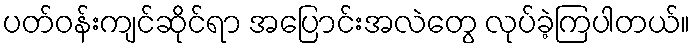
ပတ်ဝန်းကျင်ဆိုင်ရာ အပြောင်းအလဲတွေ လုပ်ခဲ့ကြပါတယ်။